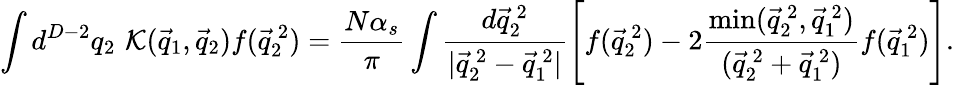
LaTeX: \int d^{D-2}q_{2}\, \, {\cal K}(\vec{q}_{1},\vec{q}_{2})f(\vec{q}_{2}^{~2})=\frac{N\alpha_{s}}{\pi}\int\frac{d{\vec{q}}_{2}^{~2}}{|{\vec{q}}_{2}^{~2}-{\vec{q}}_{1}^{~2}|}\left[f({\vec{q}}_{2}^{~2})-2\frac{\operatorname*{min}(\vec{q}_{2}^{~2},\vec{q}_{1}^{~2})}{(\vec{q}_{2}^{~2}+\vec{q}_{1}^{~2})}f({\vec{q}}_{1}^{~2})\right].